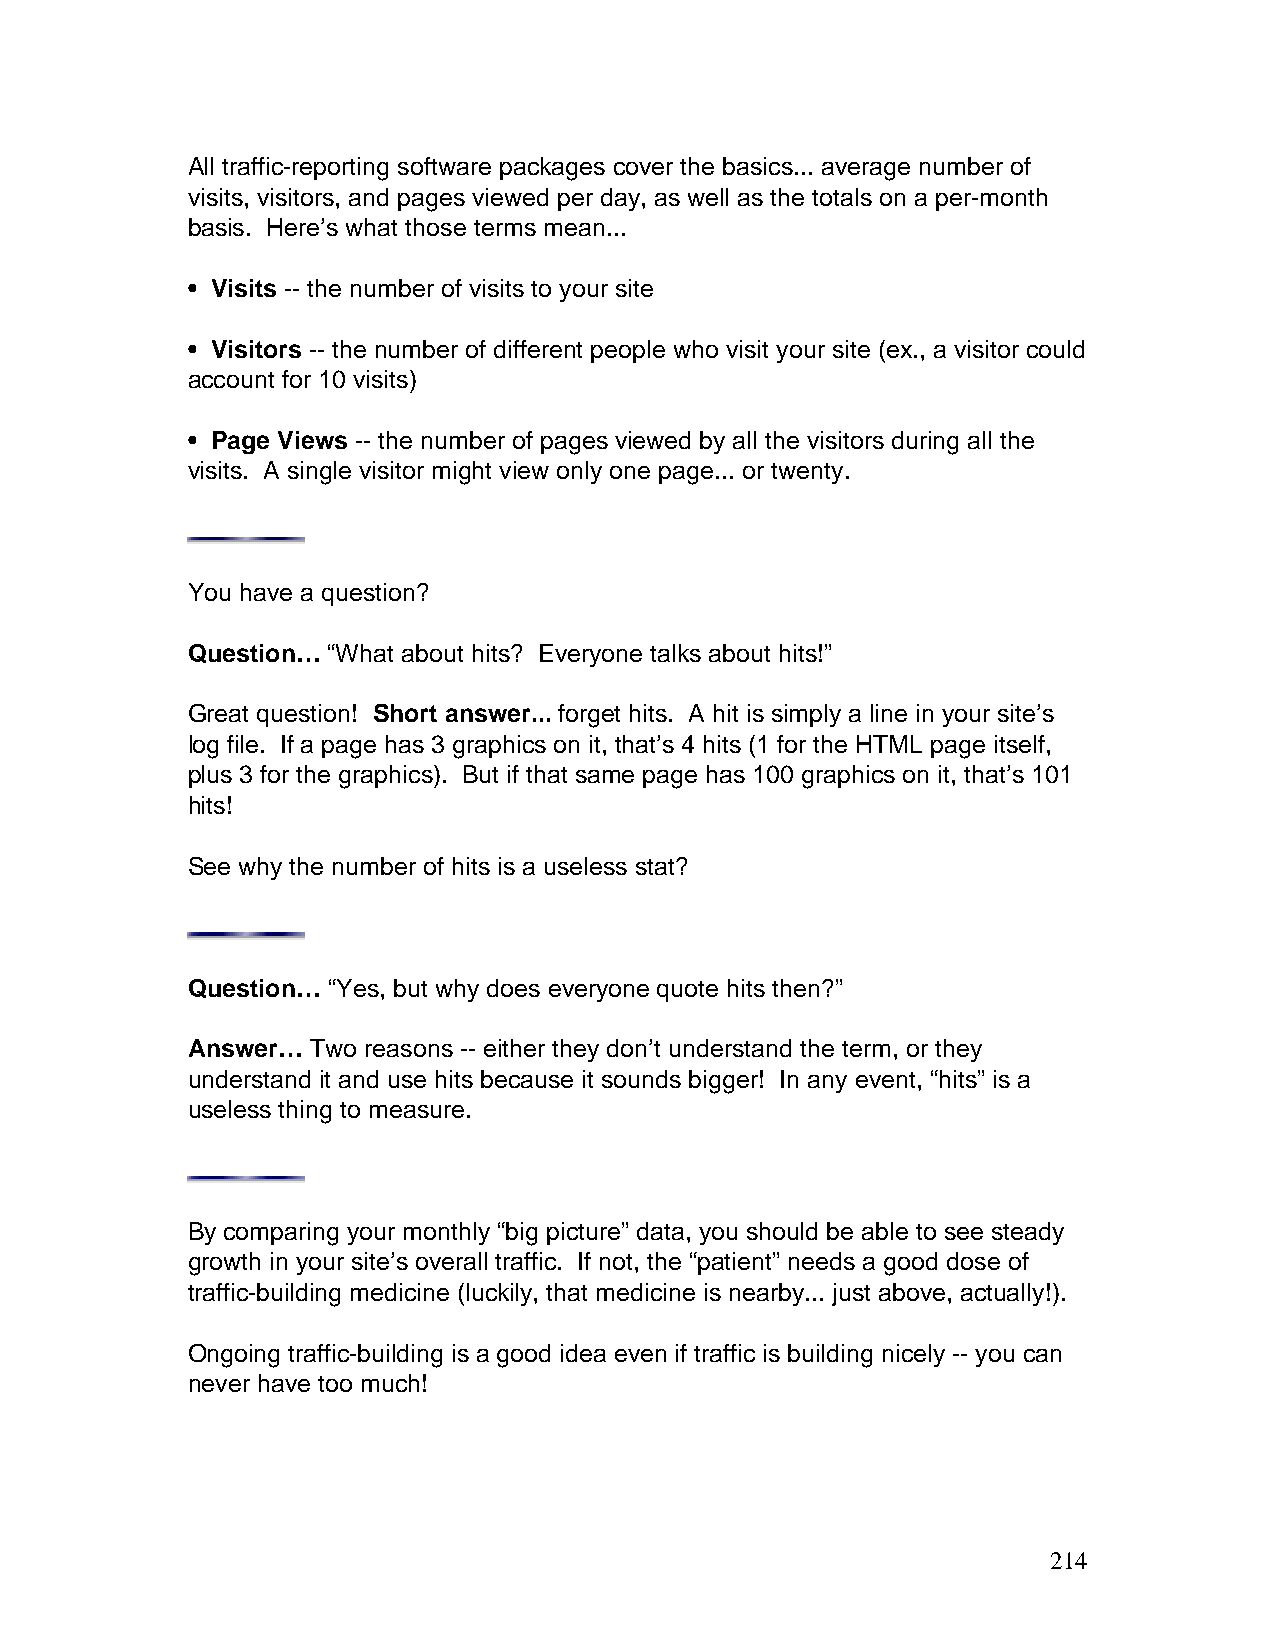
All traffic-reporting software packages cover the basics... average number of
 visits, visitors, and pages viewed per day, as well as the totals on a per-month
 basis. Here’s what those terms mean...
 • Visits -- the number of visits to your site
 • Visitors -- the number of different people who visit your site (ex., a visitor could
 account for 10 visits)
 • Page Views -- the number of pages viewed by all the visitors during all the
 visits. A single visitor might view only one page... or twenty.
 You have a question?
 Question… “What about hits? Everyone talks about hits!”
 Great question! Short answer... forget hits. A hit is simply a line in your site’s
 log file. If a page has 3 graphics on it, that’s 4 hits (1 for the HTML page itself,
 plus 3 for the graphics). But if that same page has 100 graphics on it, that’s 101
 hits!
 See why the number of hits is a useless stat?
 Question… “Yes, but why does everyone quote hits then?”
 Answer…  Two reasons -- either they don’t understand the term, or they
 understand it and use hits because it sounds bigger! In any event, “hits” is a
 useless thing to measure.
 By comparing your monthly “big picture” data, you should be able to see steady
 growth in your site’s overall traffic. If not, the “patient” needs a good dose of
 traffic-building medicine (luckily, that medicine is nearby... just above, actually!).
 Ongoing traffic-building is a good idea even if traffic is building nicely -- you can
 never have too much!
 214